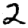
Digit: 2